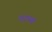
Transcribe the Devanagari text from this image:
एटम्स